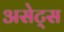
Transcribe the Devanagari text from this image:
असेट्स